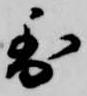
到